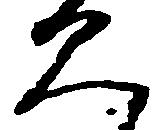
見